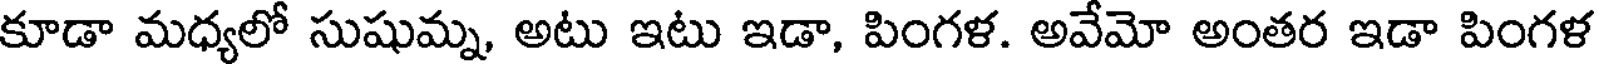
కూడా మధ్యలో సుషుమ్న, అటు ఇటు ఇడా, పింగళ. అవేమో అంతర ఇడా పింగళ